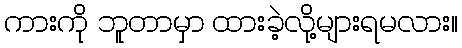
ကားကို ဘူတာမှာ ထားခဲ့လို့များရမလား။